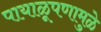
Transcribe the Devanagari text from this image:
पायाळूपणामुळे